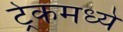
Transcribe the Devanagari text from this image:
ट्रेकमध्ये